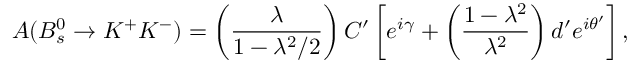
A ( B _ { s } ^ { 0 } \to K ^ { + } K ^ { - } ) = \left( \frac { \lambda } { 1 - \lambda ^ { 2 } / 2 } \right) { \cal C } ^ { \prime } \left[ e ^ { i \gamma } + \left( \frac { 1 - \lambda ^ { 2 } } { \lambda ^ { 2 } } \right) d ^ { \prime } e ^ { i \theta ^ { \prime } } \right] ,